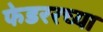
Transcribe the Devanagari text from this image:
फेडररच्या